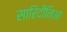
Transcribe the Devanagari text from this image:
सारिदीनिआ